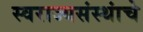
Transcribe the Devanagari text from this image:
स्वराज्यसंस्थांचे